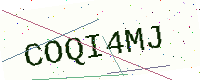
Text: COQI4MJ